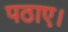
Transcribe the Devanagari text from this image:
पठाए।